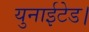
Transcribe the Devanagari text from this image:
युनाईटेड।